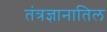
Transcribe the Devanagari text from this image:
तंत्रज्ञानातिल